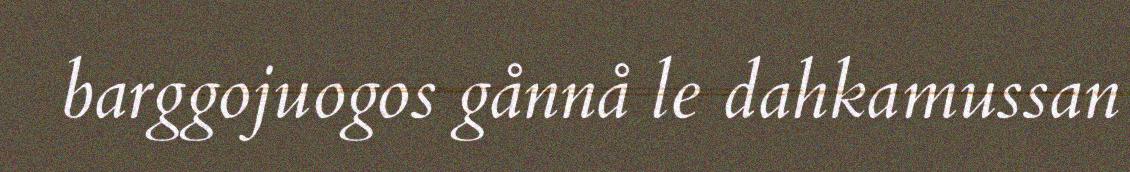
barggojuogos gånnå le dahkamussan